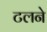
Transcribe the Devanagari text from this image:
टलने